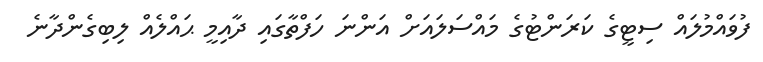
ފުވައްމުލައް ސިޓީގެ ކަރަންޓުގެ މައްސަލައަށް އަންނަ ހަފްތާގައި ދާއިމީ ޙައްލެއް ލިބިގެންދާނެ